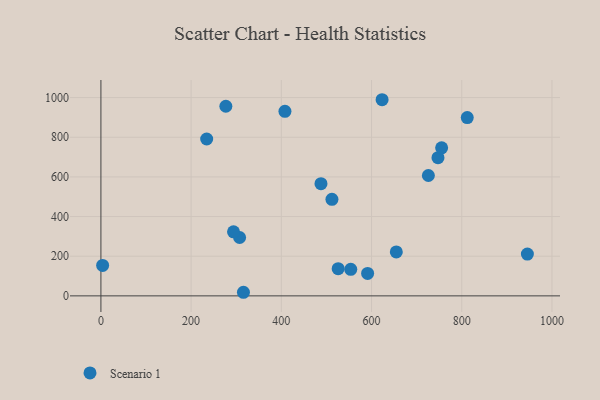
{"axis": {"x": "Ad Spend", "y": "Sales"}, "legend": ["Scenario 1"], "data": [{"x": "747.3", "y": 696.9, "type": "Scenario 1"}, {"x": "755.4", "y": 746.8, "type": "Scenario 1"}, {"x": "307.5", "y": 294.4, "type": "Scenario 1"}, {"x": "294.0", "y": 322.8, "type": "Scenario 1"}, {"x": "408.0", "y": 931.0, "type": "Scenario 1"}, {"x": "526.0", "y": 137.2, "type": "Scenario 1"}, {"x": "945.5", "y": 210.9, "type": "Scenario 1"}, {"x": "3.8", "y": 153.4, "type": "Scenario 1"}, {"x": "654.9", "y": 221.6, "type": "Scenario 1"}, {"x": "812.2", "y": 899.2, "type": "Scenario 1"}, {"x": "512.2", "y": 486.7, "type": "Scenario 1"}, {"x": "726.0", "y": 607.1, "type": "Scenario 1"}, {"x": "623.4", "y": 989.3, "type": "Scenario 1"}, {"x": "553.9", "y": 133.8, "type": "Scenario 1"}, {"x": "316.0", "y": 18.1, "type": "Scenario 1"}, {"x": "487.9", "y": 566.0, "type": "Scenario 1"}, {"x": "234.5", "y": 791.1, "type": "Scenario 1"}, {"x": "277.0", "y": 956.5, "type": "Scenario 1"}, {"x": "591.3", "y": 113.4, "type": "Scenario 1"}]}